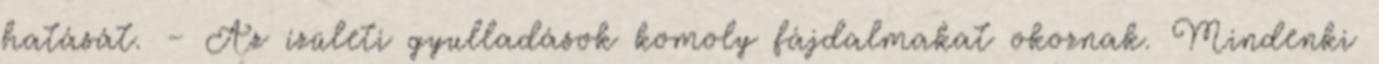
hatását. – Az ízületi gyulladások komoly fájdalmakat okoznak. Mindenki